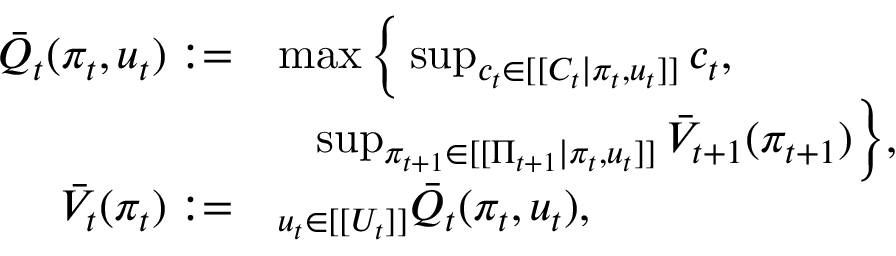
\begin{array} { r l } { \bar { Q } _ { t } ( \pi _ { t } , u _ { t } ) : = } & { \operatorname* { m a x } \Big \{ \operatorname* { s u p } _ { c _ { t } \in [ [ C _ { t } | \pi _ { t } , u _ { t } ] ] } c _ { t } , } \\ & { \; \; \; \operatorname* { s u p } _ { \pi _ { t + 1 } \in [ [ \Pi _ { t + 1 } | \pi _ { t } , u _ { t } ] ] } \bar { V } _ { t + 1 } ( \pi _ { t + 1 } ) \Big \} , } \\ { \bar { V } _ { t } ( \pi _ { t } ) : = } & { \relax _ { u _ { t } \in [ [ U _ { t } ] ] } \bar { Q } _ { t } ( \pi _ { t } , u _ { t } ) , } \end{array}